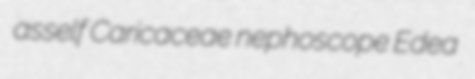
asself Caricaceae nephoscope Edea